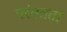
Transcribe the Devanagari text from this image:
परंतत्रता